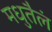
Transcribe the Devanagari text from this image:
मधुतैलं